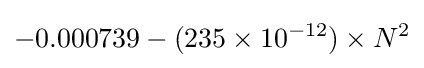
-0.000739-(235\times 10^{-12})\times N^{2}